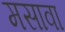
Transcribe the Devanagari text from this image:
मसावा